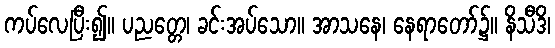
ကပ်လေပြီး၍။ ပညတ္တေ၊ ခင်းအပ်သော။ အာသနေ၊ နေရာတော်၌။ နိသီဒိ၊